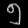
Digit: ၅